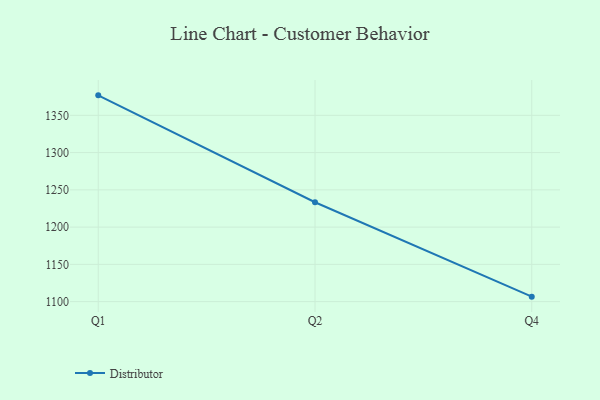
{"axis": {"x": "Quarter", "y": "Headcount"}, "legend": ["Distributor"], "data": [{"x": "Q1", "y": 1376.8, "type": "Distributor"}, {"x": "Q2", "y": 1233.4, "type": "Distributor"}, {"x": "Q4", "y": 1106.7, "type": "Distributor"}]}